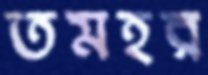
তমহর